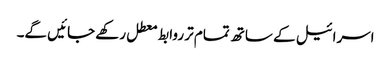
اسرائیل کے ساتھ تمام تر روابط معطل رکھے جائیں گے۔